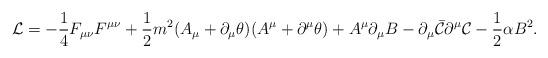
LaTeX: \begin{align*}{\cal L}=- \frac{1}{4} F_{\mu\nu} F^{\mu\nu}+\frac{1}{2}m^{2}(A_{\mu}+\partial_{\mu}\theta)(A^{\mu}+\partial^{\mu}\theta)+A^{\mu}\partial_\mu B-\partial_{\mu}\bar{\cal C}\partial^{\mu}{\cal C}-\frac{1}{2}\alpha B^{2}. \end{align*}